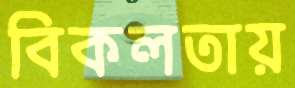
বিকলতায়